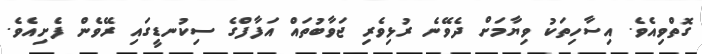
ގޮތްވިއެވެ. އިސާހިތަކު ވިޔާމަށް ދެވޭނެ ރުޅިވެރި ޖަވާބުތައް އަފާފްގެ ސިކުނޑީގައި ރޭވެން ފެށިއެވެ.